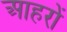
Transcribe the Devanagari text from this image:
आहरों